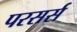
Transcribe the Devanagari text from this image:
परसर्स